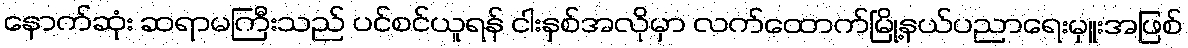
နောက်ဆုံး ဆရာမကြီးသည် ပင်စင်ယူရန် ငါးနှစ်အလိုမှာ လက်ထောက်မြို့နယ်ပညာရေးမှူးအဖြစ်